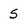
Character: S